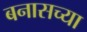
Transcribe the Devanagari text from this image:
बनासच्या